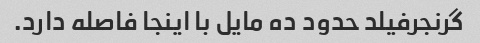
گرنجرفیلد حدود ده مایل با اینجا فاصله دارد.